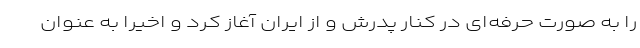
را به صورت حرفه‌ای در کنار پدرش و از ایران آغاز کرد و اخیراً به عنوان